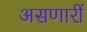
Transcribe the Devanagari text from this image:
असणारीं